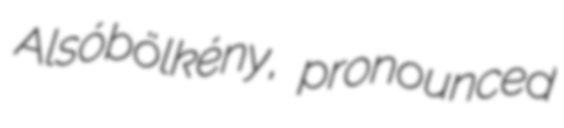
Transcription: Alsóbölkény, pronounced